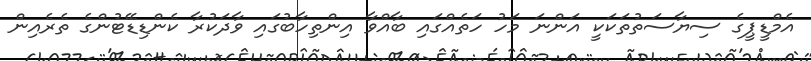
އެމްޑީޕީގެ ސިޔާސަތުތަކަކީ އަންނަ މަހު ހަތެއްގައި ބާއްވާ އިންތިހާބުގައި ވާދަކުރާ ކެންޑިޑޭޓުންގެ ތެރެއިން